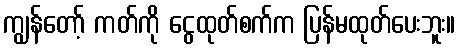
ကျွန်တော့် ကတ်ကို ငွေထုတ်စက်က ပြန်မထုတ်ပေးဘူး။